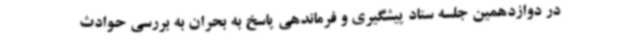
در دوازدهمین جلسه ستاد پیشگیری و فرماندهی پاسخ به بحران به بررسی حوادث